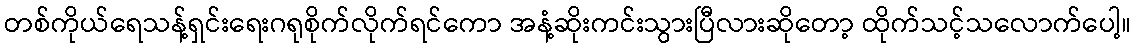
တစ်ကိုယ်ရေသန့်ရှင်းရေးဂရုစိုက်လိုက်ရင်ကော အနံ့ဆိုးကင်းသွားပြီလားဆိုတော့ ထိုက်သင့်သလောက်ပေါ့။